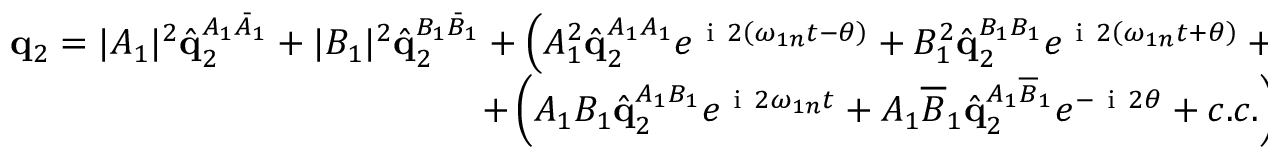
\begin{array} { r } { \mathbf { q } _ { 2 } = | A _ { 1 } | ^ { 2 } \hat { \mathbf { q } } _ { 2 } ^ { A _ { 1 } \bar { A } _ { 1 } } + | B _ { 1 } | ^ { 2 } \hat { \mathbf { q } } _ { 2 } ^ { B _ { 1 } \bar { B } _ { 1 } } + \left( A _ { 1 } ^ { 2 } \hat { \mathbf { q } } _ { 2 } ^ { A _ { 1 } A _ { 1 } } e ^ { \mathrm { ~ i ~ } 2 \left( \omega _ { 1 n } t - \theta \right) } + B _ { 1 } ^ { 2 } \hat { \mathbf { q } } _ { 2 } ^ { B _ { 1 } B _ { 1 } } e ^ { \mathrm { ~ i ~ } 2 \left( \omega _ { 1 n } t + \theta \right) } + c . c . \right) } \\ { + \left( A _ { 1 } B _ { 1 } \hat { \mathbf { q } } _ { 2 } ^ { A _ { 1 } B _ { 1 } } e ^ { \mathrm { ~ i ~ } 2 \omega _ { 1 n } t } + A _ { 1 } \overline { { B } } _ { 1 } \hat { \mathbf { q } } _ { 2 } ^ { A _ { 1 } \overline { { B } } _ { 1 } } e ^ { - \mathrm { ~ i ~ } 2 \theta } + c . c . \right) . \ \ \ \ \ } \end{array}